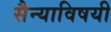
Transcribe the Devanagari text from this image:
सैन्याविषयी